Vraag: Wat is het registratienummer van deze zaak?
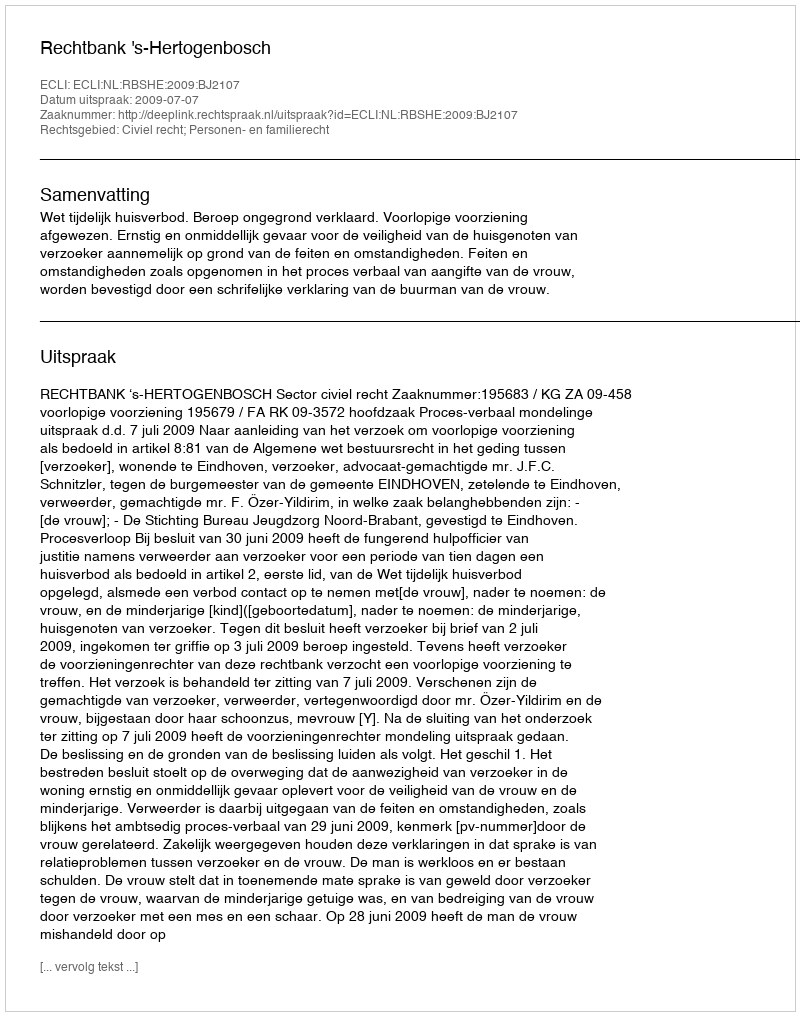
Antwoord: http://deeplink.rechtspraak.nl/uitspraak?id=ECLI:NL:RBSHE:2009:BJ2107